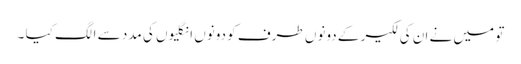
تو میں نے ان کی لکیر کے دونوں طرف کو دونوں انگلیوں کی مدد سے الگ کیا ۔